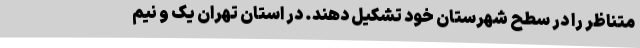
متناظر را در سطح شهرستان خود تشکیل دهند. در استان تهران یک و نیم